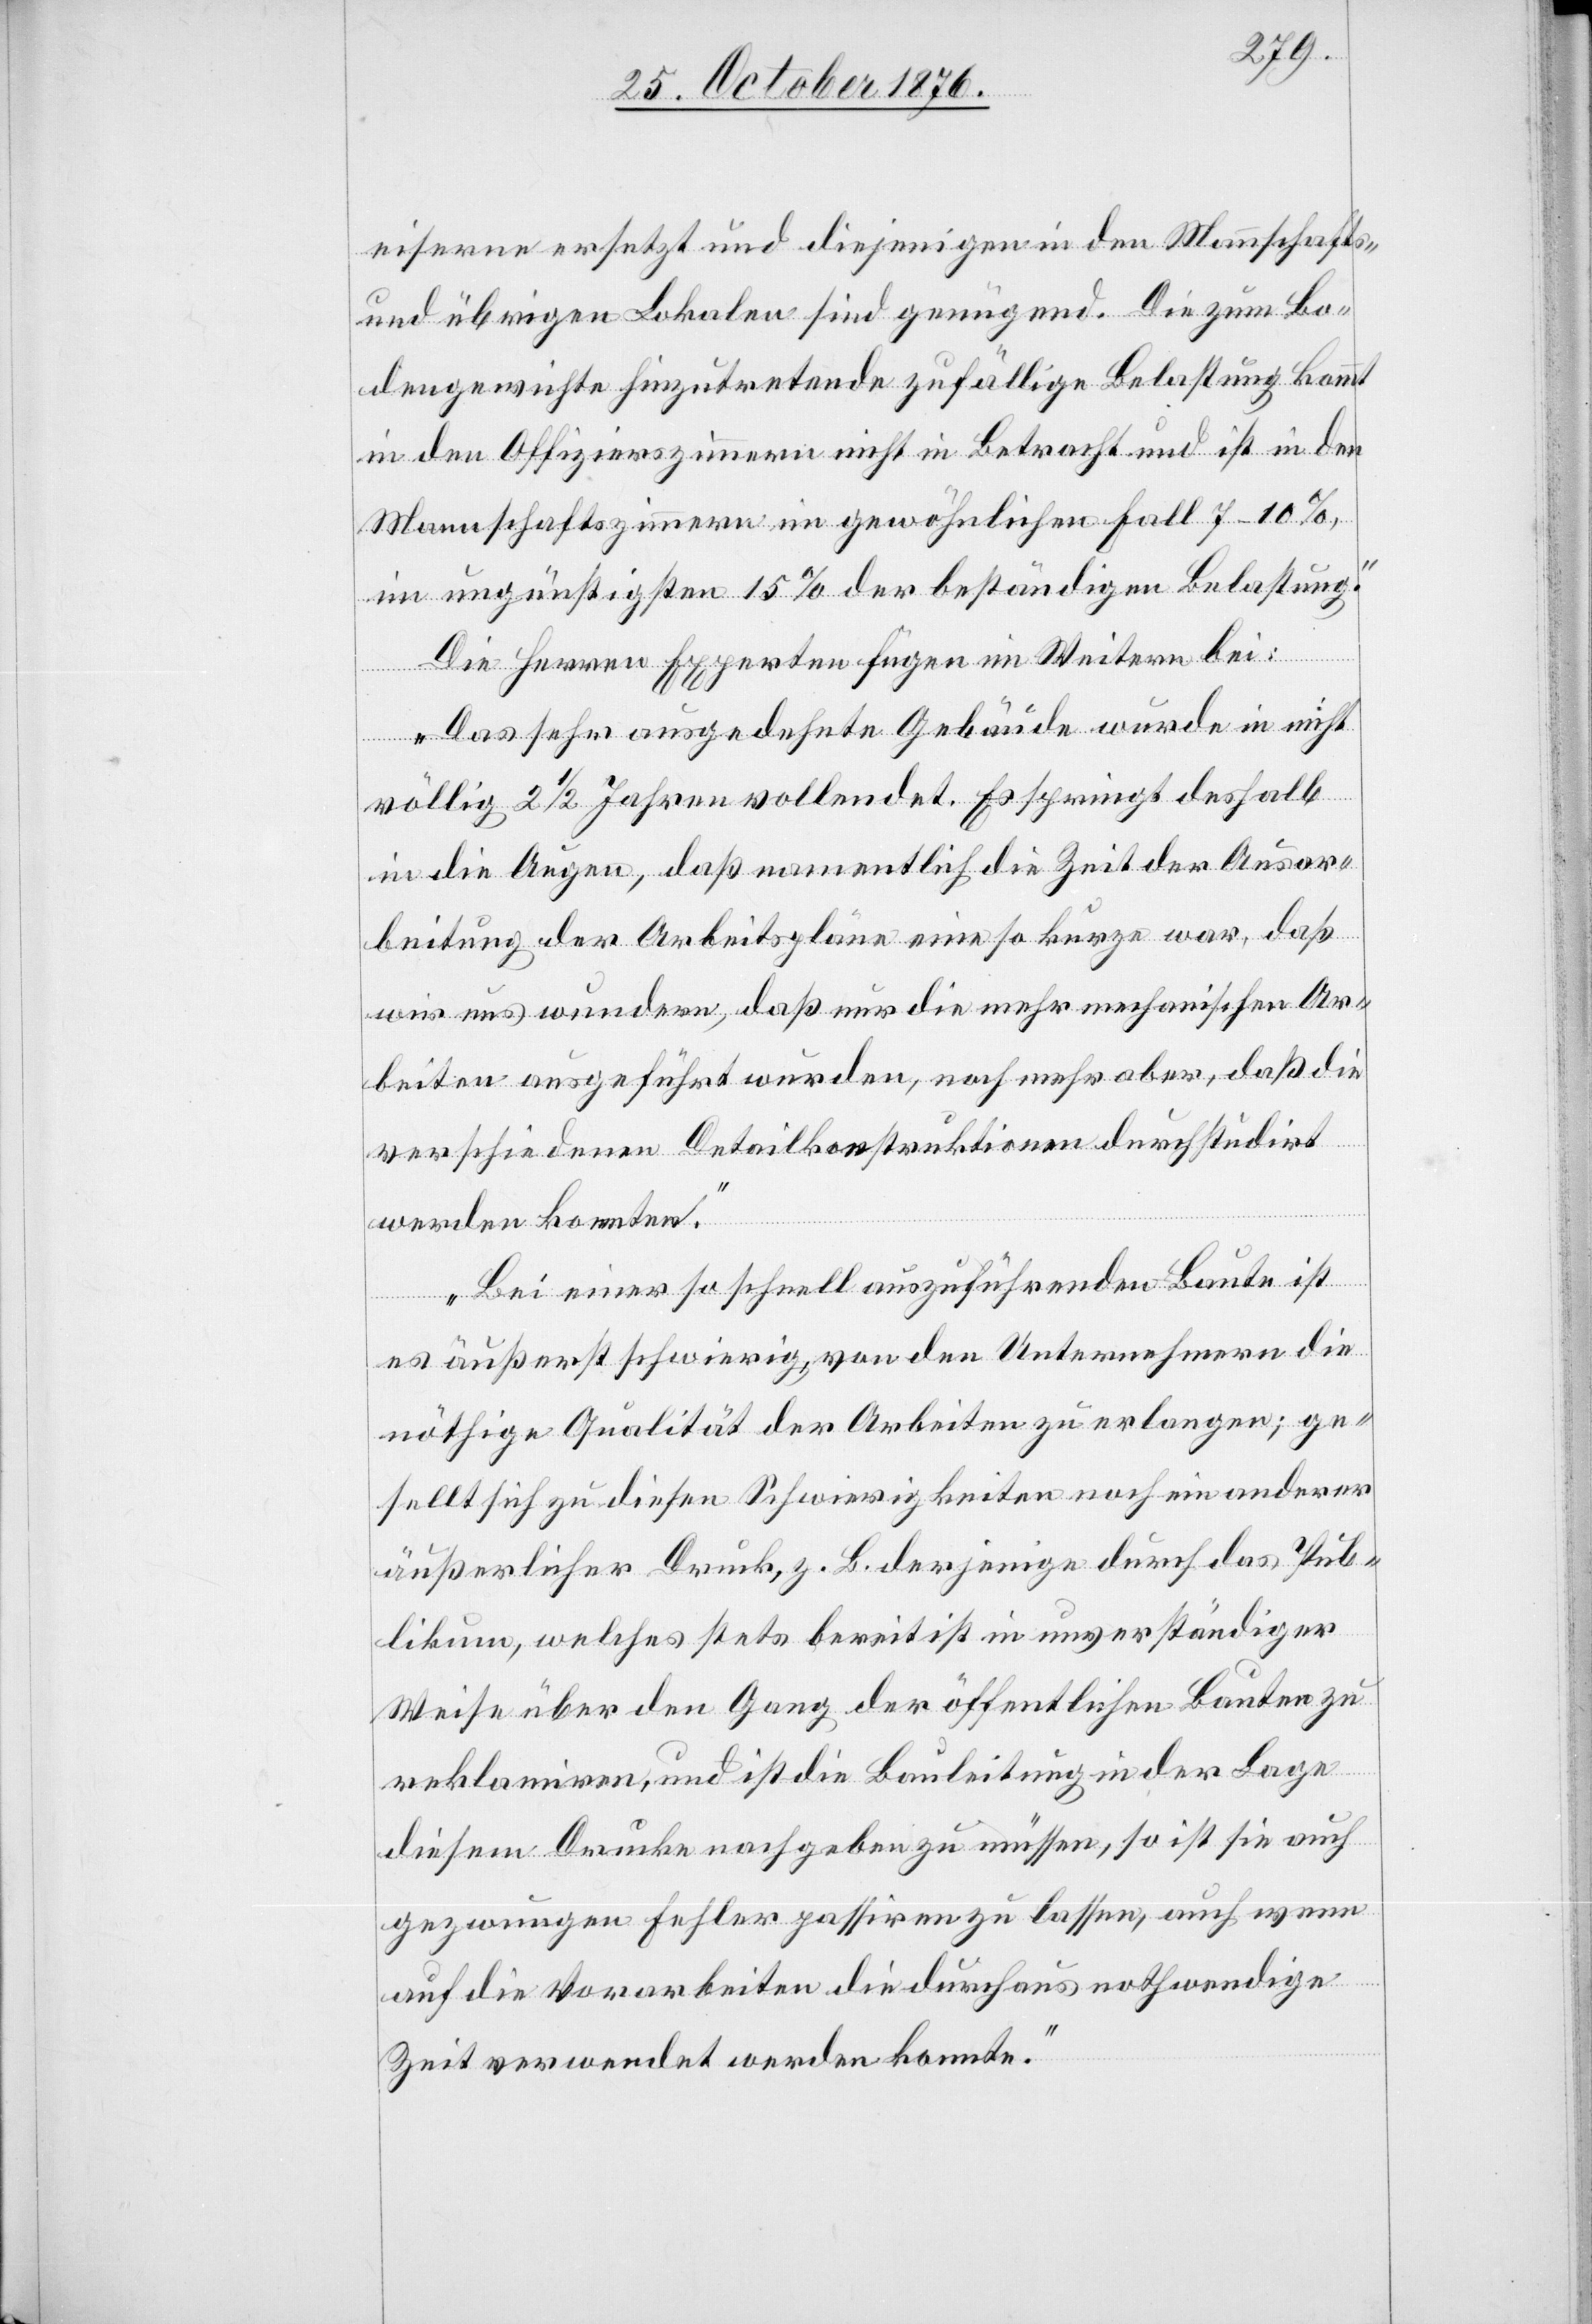
eiserne ersetzt und diejenigen in den Mannschafts-
und übrigen Lokalen sind genügend. Die zum Bo¬
dengewichte hinzutretende zufällige Belastung kommt
in den Offizierszimmern nicht in Betracht und ist in den
Mannschaftszimmern im gewöhnlichen Fall 7–10%,
im ungünstigsten 15% der beständigen Belastung.“
Die Herren Experten fügen im Weitern bei:
„Das sehr ausgedehnte Gebäude wurde in nicht
völlig 2 1/2 Jahren vollendet. Es springt deshalb
in die Augen, daß namentlich die Zeit der Ausar¬
beitung der Arbeitspläne eine so kurze war, daß
wir uns wundern, daß nur die mehr mechanischen Ar¬
beiten ausgeführt wurden, noch mehr aber, daß die
verschiedenen Detailkonstruktionen durchstudirt
werden konnten.
Bei einer so schnell auszuführenden Baute ist
es äußerst schwierig, von den Unternehmern die
nöthige Qualität der Arbeiten zu erlangen; ge¬
sellt sich zu diesen Schwierigkeiten noch ein anderer
äußerlicher Druck, z. B. derjenige durch das Pub¬
likum, welches stets bereit ist in unverständiger
Weise über den Gang der öffentlichen Bauten zu
reklamiren, und ist die Bauleitung in der Lage
diesem Drucke nachgeben zu müssen, so ist sie auch
gezwungen Fehler passiren zu lassen, auch wenn
auf die Vorarbeiten die durchaus nothwendige
Zeit verwendet werden konnte.“